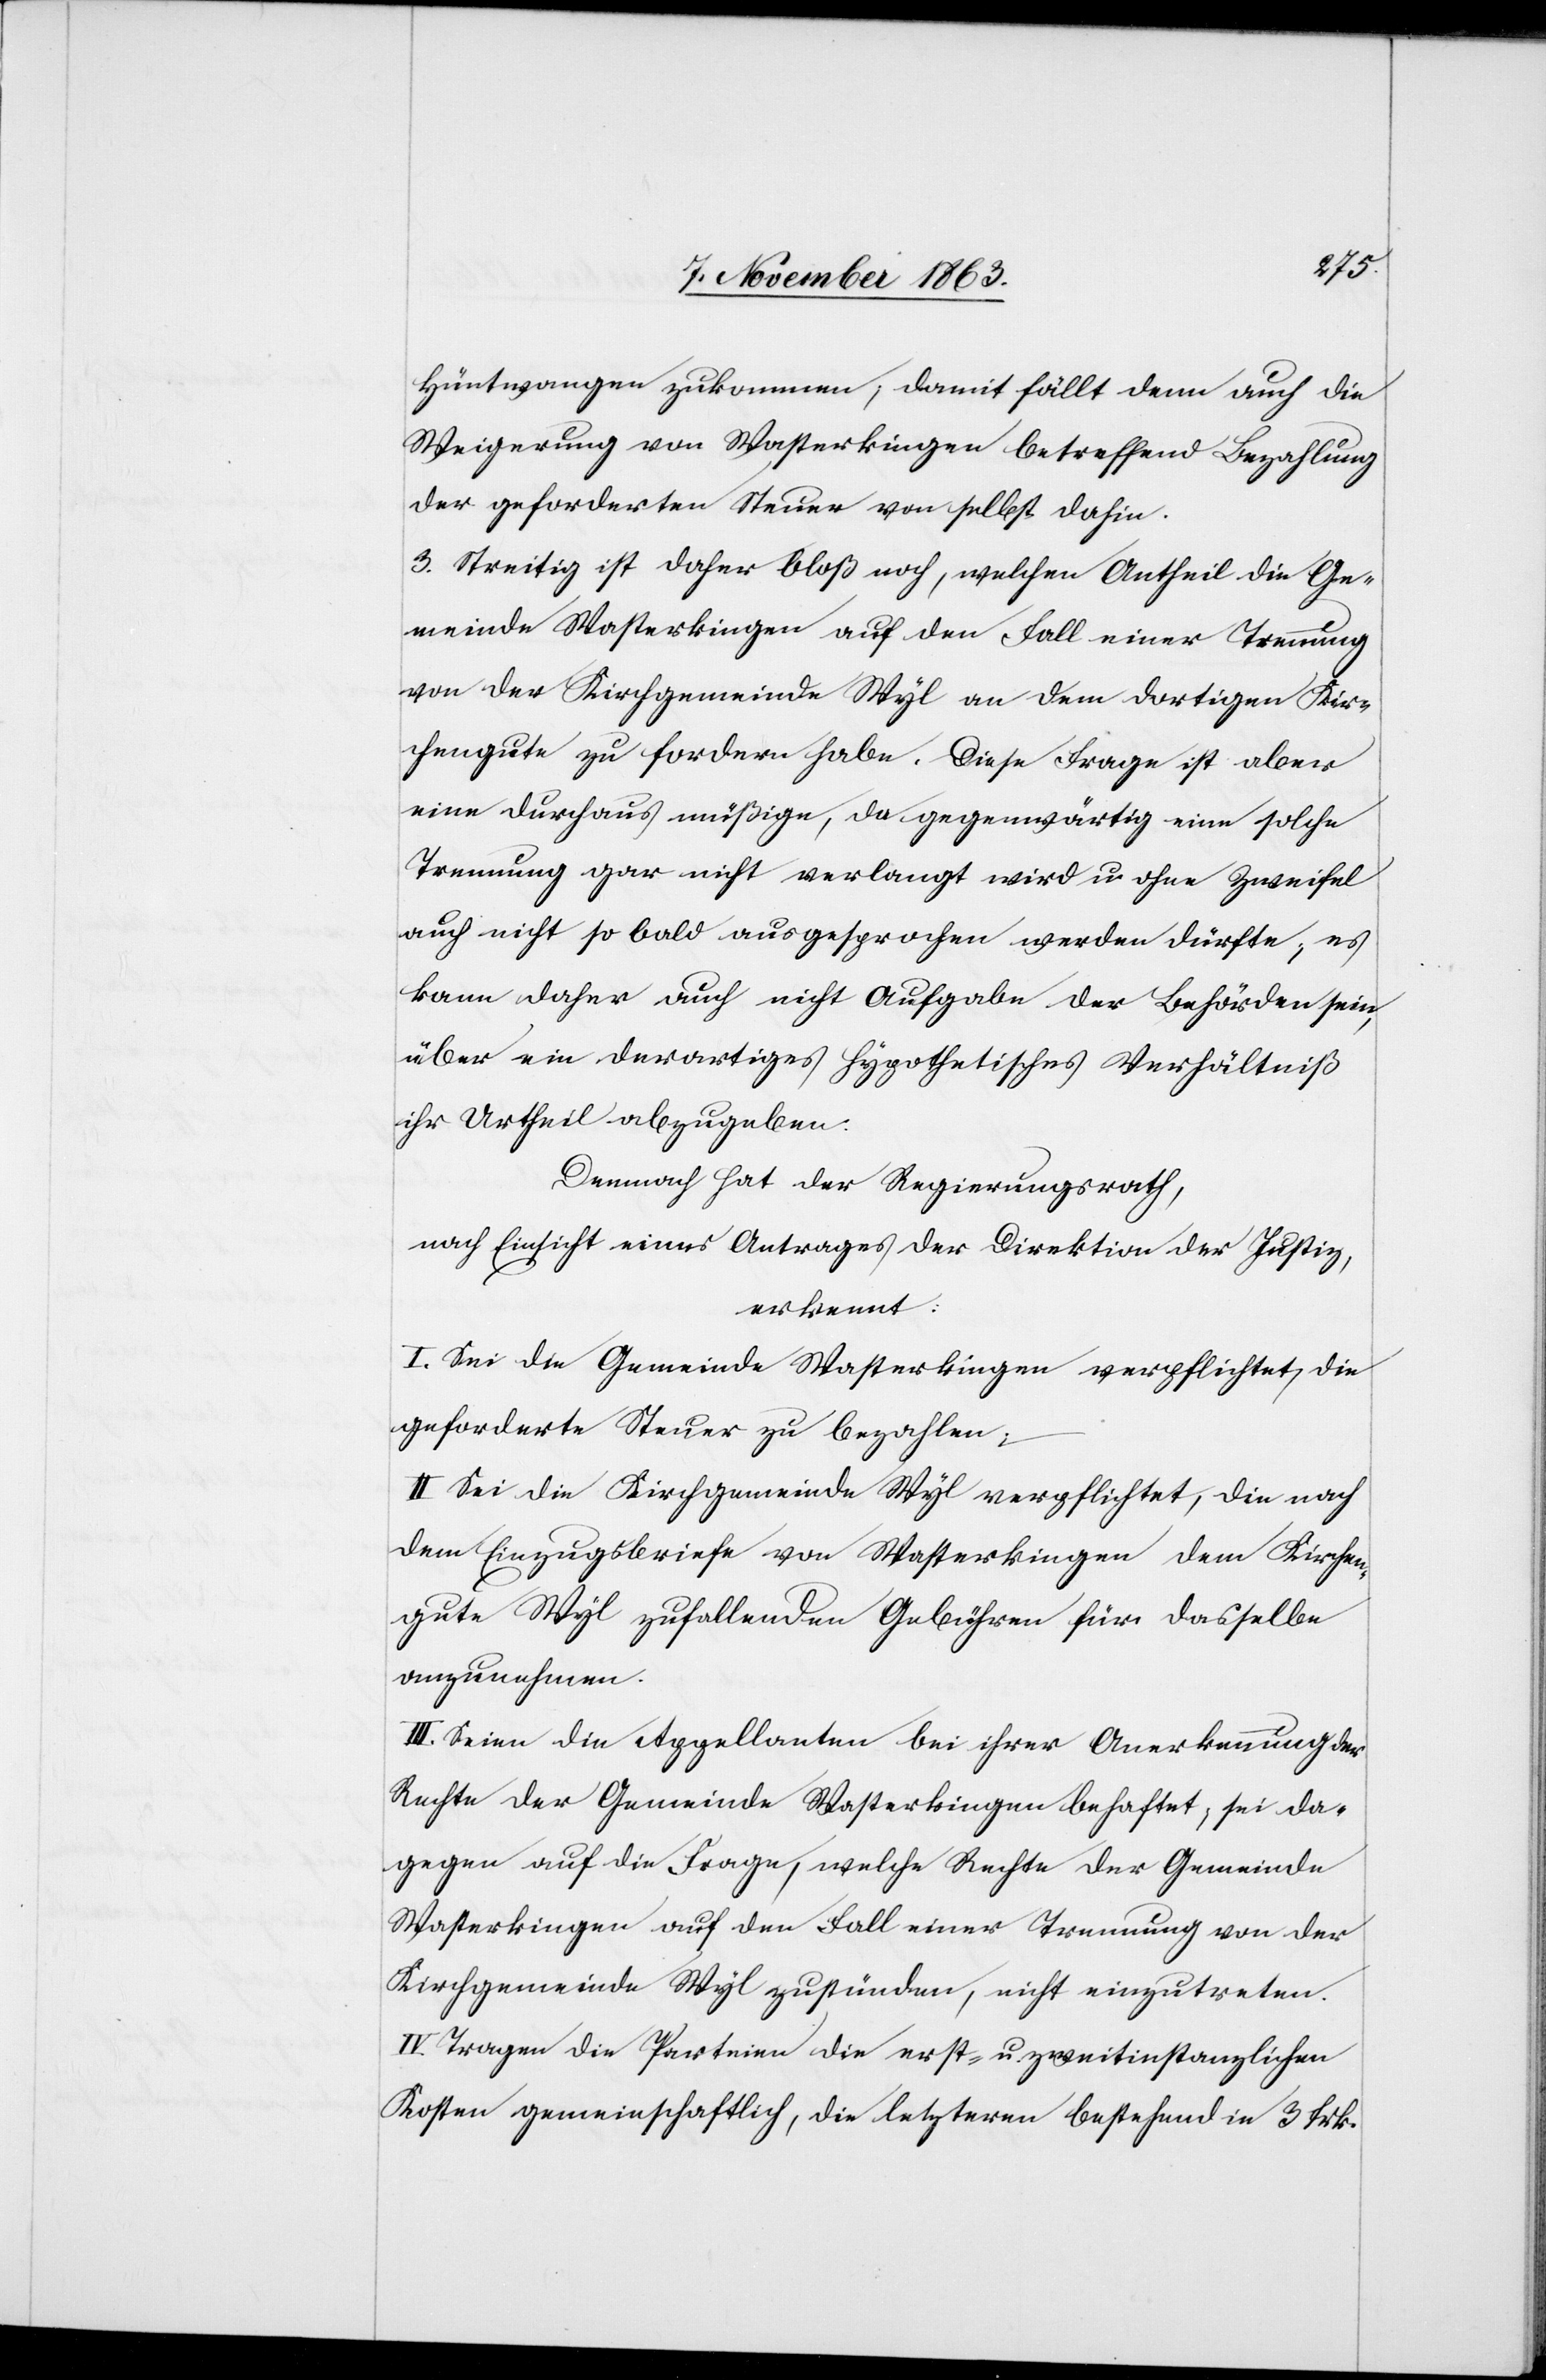
Hüntwangen zukommen; damit fällt denn auch die
Weigerung von Wasterkingen betreffend Bezahlung
der geforderten Steuer von selbst dahin.
3. Streitig ist daher bloß noch, welchen Antheil die Ge¬
meinde Wasterkingen auf den Fall einer Trennung
von der Kirchgemeinde Wyl an dem dortigen Kir¬
chengute zu fordern habe. Diese Frage ist aber
eine durchaus müßige, da gegenwärtig eine solche
Trennung gar nicht verlangt wird u. ohne Zweifel
auch nicht so bald ausgesprochen werden dürfte; es
kann daher auch nicht Aufgabe der Behörden sein,
über ein derartiges hypothetisches Verhältniß
ihr Urtheil abzugeben.
Demnach hat der Regierungsrath,
nach Einsicht eines Antrages der Direktion der Justiz,
erkennt:
I. Sei die Gemeinde Wasterkingen verpflichtet, die
geforderte Steuer zu bezahlen;
II. Sei die Kirchgemeinde Wyl verpflichtet, die nach
dem Einzugsbriefe von Wasterkingen dem Kirchen¬
gute Wyl zufallenden Gebühren für dasselbe
anzunehmen.
III. Seien die Appellanten bei ihrer Anerkennung der
Rechte der Gemeinde Wasterkingen behaftet; sei da¬
gegen auf die Frage, welche Rechte der Gemeinde
Wasterkingen auf den Fall einer Trennung von der
Kirchgemeinde Wyl zustünden, nicht einzutreten.
IV. Tragen die Parteien die erst- u. zweitinstanzlichen
Kosten gemeinschaftlich, die letzteren bestehen in 3 frk.